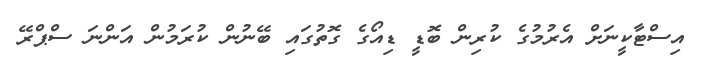
އިސްޓާކީނަށް އެރުމުގެ ކުރިން ބޮޑީ ޑިއޯގެ ގޮތުގައި ބޭނުން ކުރަމުން އަންނަ ސްޕްރޭ